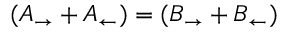
( A _ { \rightarrow } + A _ { \leftarrow } ) = ( B _ { \rightarrow } + B _ { \leftarrow } )